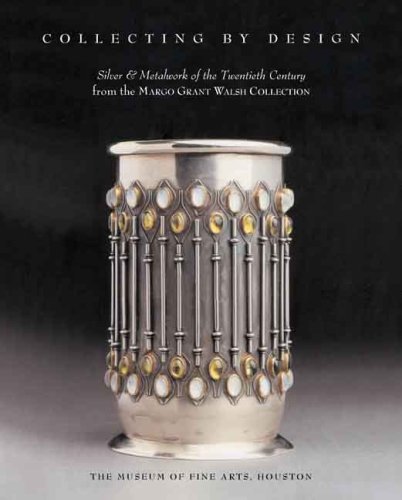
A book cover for Collecting by Design: Silver and Metalwork of the Twentieth Century from the Margo Grant Walsh Collection (Museum of Fine Arts, Houston); Timothy A. O'Brien; Crafts, Hobbies & Home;